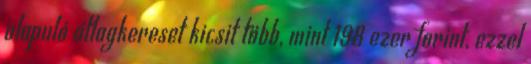
alapuló átlagkereset kicsit több, mint 198 ezer forint, ezzel